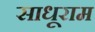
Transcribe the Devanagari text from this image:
साधूराम